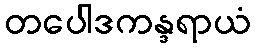
တပေါဒကန္ဒရာယံ